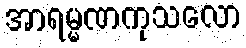
အာရမ္မဏကုသလော